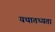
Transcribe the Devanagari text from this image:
यथातथ्‍यता